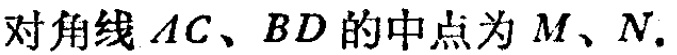
对角线 \(AC、BD\) 的中点为 \(M、N\).